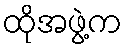
ထိုအဖွဲ့က